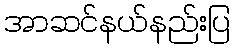
အာဆင်နယ်နည်းပြ